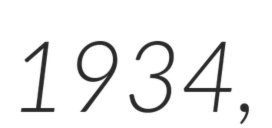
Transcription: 1934,